French assistants in Scottish schools and training centres, 1926
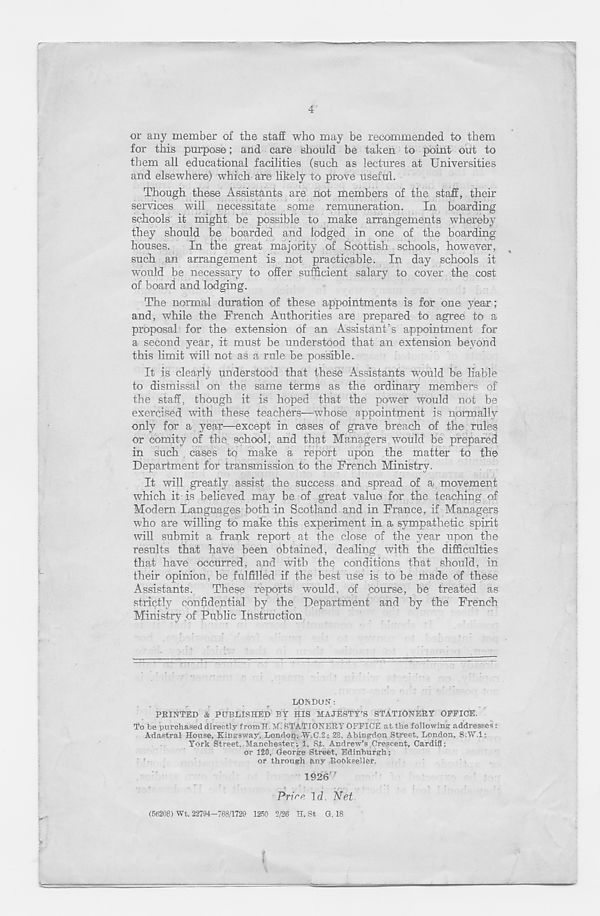
4
or any member of the staff who may be recommended to them
for this purpose; and care should be taken to point out to
them all educational facilities (such as lectures at Universities
and elsewhere) which are likely to prove useful.
Though these Assistants are not members of the staff, their
services will necessitate some remuneration.
In boarding
schools it might be possible to make arrangements whereby
they should be boarded and lodged in one of the boarding
houses. In the great majority of Scottish schools, however,
such an arrangement is not practicable. In day schools it
would be necessary to offer sufficient salary to cover the cost
of board and lodging.
The normal duration of these appointments is for one year;
and, while the French Authorities are prepared to agree to a
proposal for the extension of an Assistant’s appointment for
a second year, it must be understood that an extension beyond
this limit will not as a rule be possible.
It is clearly understood that these Assistants would be liable
to dismissal on the same terms as the ordinary members of
the staff, though it is hoped that the power would not be
exercised with these teachers—whose appointment is normally
only for a year—except in cases of grave breach of the rules
or comity of the school, and that Managers would be prepared
in such cases to make a report upon the matter to the
Department for transmission to the French Ministry.
It will greatly assist the success and spread of a movement
which it is believed may be of great value for the teaching of
Modern Languages both in Scotland and in France, if Managers
who are willing to make this experiment in a sympathetic spirit
will submit a frank report at the close of the year upon the
results that have been obtained, dealing with the difficulties
that have occurred, and with the conditions that should, in
their opinion, be fulfilled if the best use is to be made of these
Assistants.
These reports would, of course, be treated as
strictly confidential by the Department and by the French
Ministry of Public Instruction
LOIS DON:
PRINTED & PUBLISHED BY HIS MAJESTY’S STATIONERY OFFICE.
To be purchased directly fromH. M. STATIONERY OFFICE at the following addresses i-
Adastral House, Kingsway, London, W.C.2; 28, Abingdon Street, London, S.W.l;
York Street, Manchester; i, Si. Andrew’s Crescent, Cardiff;
or 120, George Street, Edinburgh;
or through any Bookseller.
1926 '
Prire Id. Net.
(56208) Wt. 22794-768/1729 1250 2/26 H. St G. 18
I
i